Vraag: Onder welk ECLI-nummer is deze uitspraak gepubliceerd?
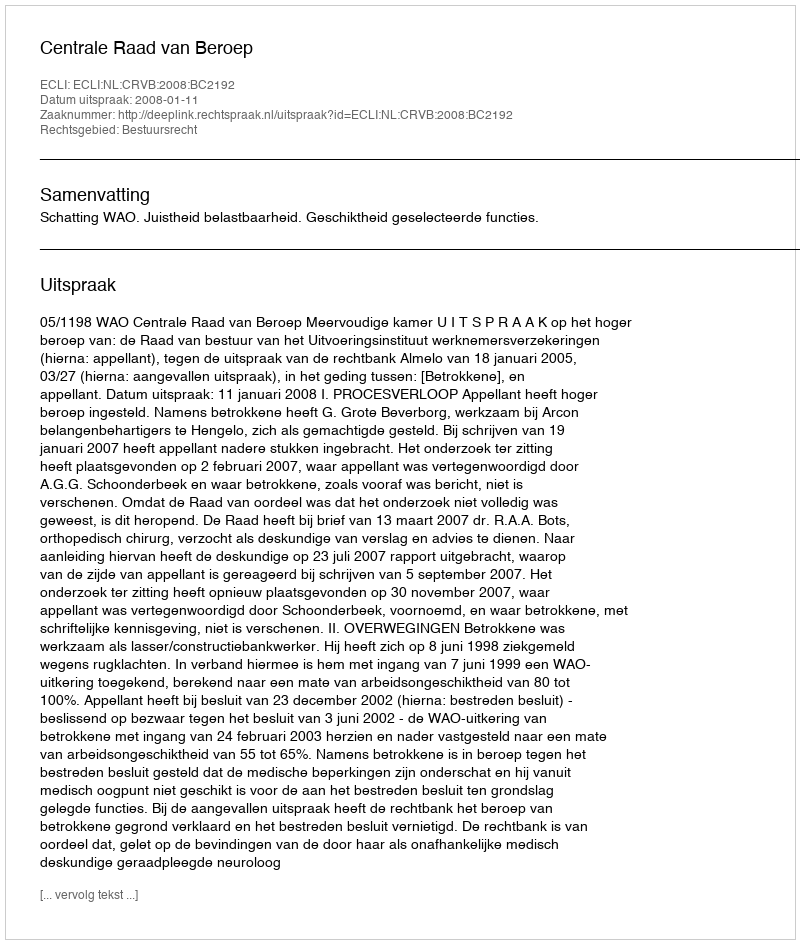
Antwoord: ECLI:NL:CRVB:2008:BC2192